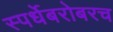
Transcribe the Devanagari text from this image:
स्पर्धेबरोबरच